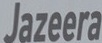
Jazeera